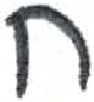
אות: ח